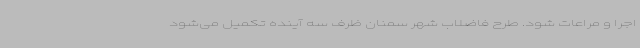
اجرا و مراعات شود. طرح فاضلاب شهر سمنان ظرف سه آینده تکمیل می‌شود